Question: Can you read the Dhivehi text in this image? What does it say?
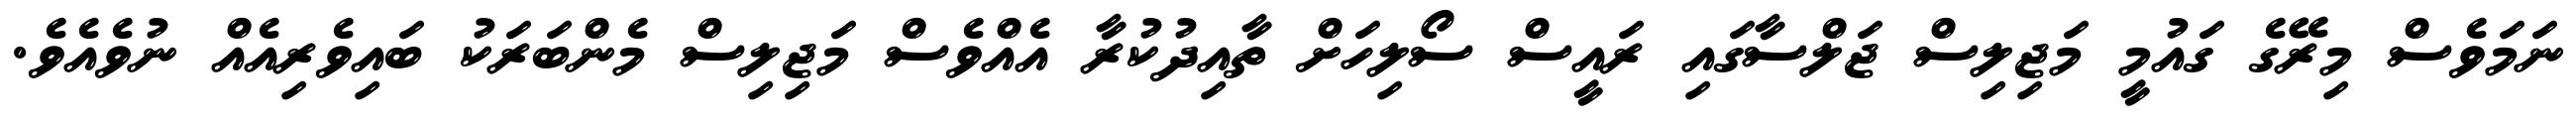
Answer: ނަމަވެސް މިރޭގެ ގައުމީ މަޖިލިސް ޖަލްސާގައި ރައީސް ސޯލިހަށް ތާއިދުކުރާ އެއްވެސް މަޖިލިސް މެންބަރަކު ބައިވެރިއެއް ނުވެއެވެ.